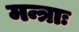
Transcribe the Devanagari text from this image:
मन्त्राः